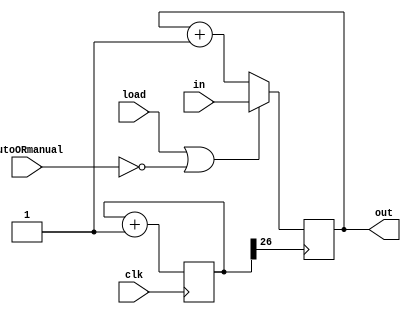
`timescale 1ns / 1ps
//////////////////////////////////////////////////////////////////////////////////
// Company: 
// Engineer: 
// 
// Design Name: 
// Module Name: weird_4bit_counter
// Project Name: 
// Target Devices: 
// Tool Versions: 
// Description: 
// 
// Dependencies: 
// 
// Revision:
// Revision 0.01 - File Created
// Additional Comments:
// 
//////////////////////////////////////////////////////////////////////////////////


module weird_4bit_counter(
                                        input clk,
                                        input autoORmanual,
                                        input load,
                                        input [3:0] in,
                                        output reg [3:0] out=0  //initially at 0
                                    );
                     
    reg[26:0] clock_counter = 0; 
    wire clock_divider;

    assign clock_divider = clock_counter[26];

    always@(posedge clk)
        begin
            clock_counter <= clock_counter+1;
        end
        
   always@(posedge clock_divider)
    begin
        if(load || !autoORmanual) //either loading the value or on manual mode
            out = in;
        else
            out = out +1;    
    end     
                     
                     
endmodule